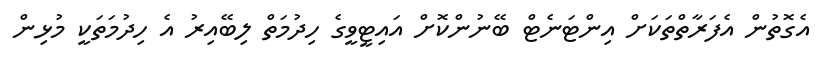
އެގޮތުން އެފަރާތްތަކަށް އިންޓަނެޓް ބޭނުންކޮށް އައިޓީވީގެ ހިދުމަތް ލިބޭއިރު އެ ހިދުމަތަކީ މުޅިން